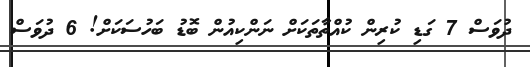
ދުވަސް 7 ގަޑި ކުރިން ކުއްތާތަކަށް ނަންކިއުން ބޮޑު ބަހުސަކަށް! 6 ދުވަސް